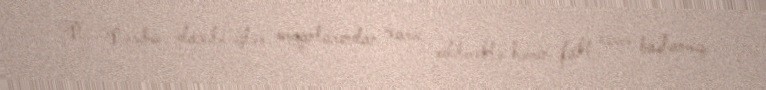
N. Nəsibov daxili işlər orqanlarından xaric edilməklə həmin fakt üzrə başlanmış